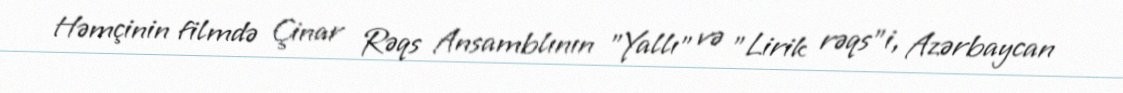
Həmçinin filmdə Çinar Rəqs Ansamblının "Yallı" və "Lirik rəqs"i, Azərbaycan